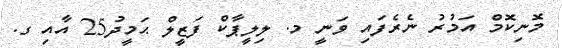
މޮނިކޮމް އަމުރު ނެރެފައި ވަނީ މ. ލިލީޕާކް ފަޒީލް ޙަމީދު25 އާއި ގ.